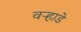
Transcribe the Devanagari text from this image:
वऱ्हाडे